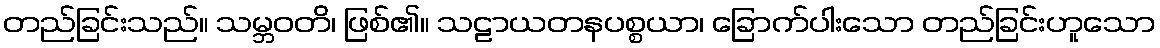
တည်ခြင်းသည်။ သမ္ဘဝတိ၊ ဖြစ်၏။ သဠာယတနပစ္စယာ၊ ခြောက်ပါးသော တည်ခြင်းဟူသော